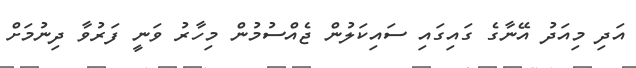
އަދި މިއަދު އޭނާގެ ގައިގައި ސައިކަލުން ޖެއްސުމުން މިހާރު ވަނީ ފަރުވާ ދިނުމަށް